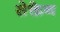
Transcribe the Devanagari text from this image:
सेक्तेन